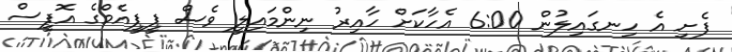
ފެށި އެ ހިނގައިލުން 6:00 އެހާކަށް ހާއިރު ނިންމައިލީ ވެސް ޕީޕީއެމްގެ އޮފީސް